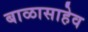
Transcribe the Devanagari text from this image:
बाळासाहेव